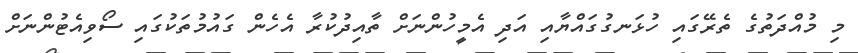
މި މުއްދަތުގެ ތެރޭގައި ހުޅަނގުގައްޔާއި އަދި އެމީހުންނަށް ތާއިދުކުރާ އެހެން ގައުމުތަކުގައި ސޯވިއެޓުންނަށް